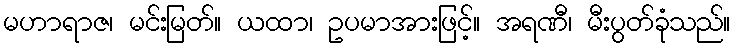
မဟာရာဇ၊ မင်းမြတ်။ ယထာ၊ ဥပမာအားဖြင့်။ အရဏီ၊ မီးပွတ်ခုံသည်။